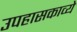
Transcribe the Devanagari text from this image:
उपहासकाव्ये